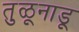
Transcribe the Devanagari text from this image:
तुळूनाडू